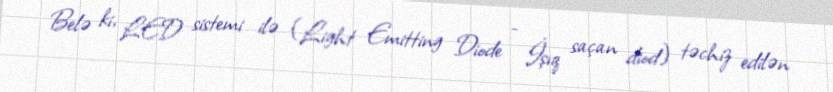
Belə ki, LED sistemi ilə (Light Emitting Diode - İşıq saçan diod) təchiz edilən